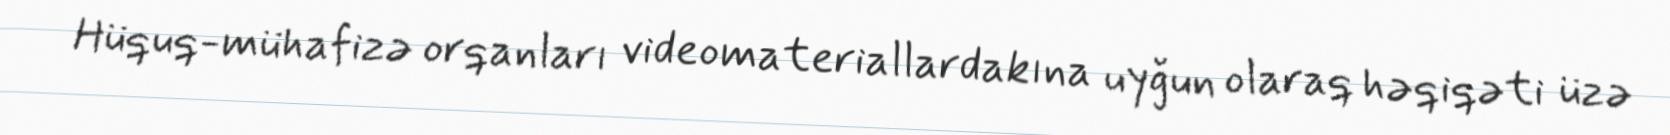
Hüquq-mühafizə orqanları videomateriallardakına uyğun olaraq həqiqəti üzə